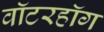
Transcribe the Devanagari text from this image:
वॉटरहॉग